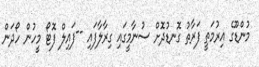
މުންޑޫގެ އިރުމަތީ ފަރާތު ގޮނޑުދޮށް ސުނާމީގައި ގިރާލާފައި --ފައިލް ފޮޓޯ މީހުން ހޯދަން